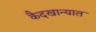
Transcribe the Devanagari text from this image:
कैदखान्यात